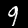
Label: 9